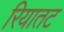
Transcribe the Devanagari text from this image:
रियातट